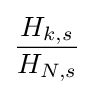
{\frac {H_{k,s}}{H_{N,s}}}